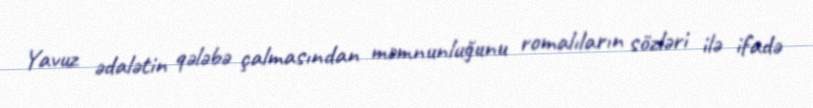
Yavuz ədalətin qələbə çalmasından məmnunluğunu romalıların sözləri ilə ifadə